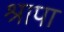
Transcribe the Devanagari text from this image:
श्रापा